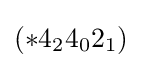
(*4_{2}4_{0}2_{1})